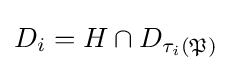
D_{i}=H\cap D_{\tau _{i}({\mathfrak {P}})}